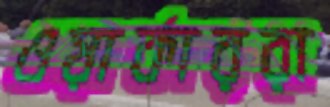
ওয়ার্কাররা